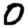
Digit: 0